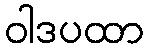
ဝါဒပထာ